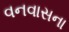
વનવાસના